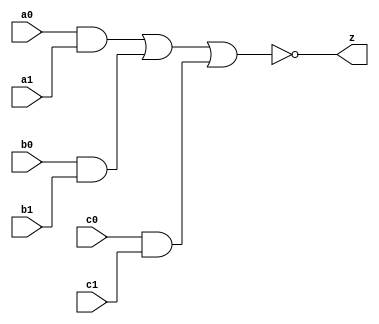
module asic_aoi222 #(parameter PROP = "DEFAULT")   (
    input  a0,
    input  a1,
    input  b0,
    input  b1,
    input  c0,
    input  c1,
    output z
    );

   assign z = ~((a0 & a1) | (b0 & b1) | (c0 & c1));

endmodule